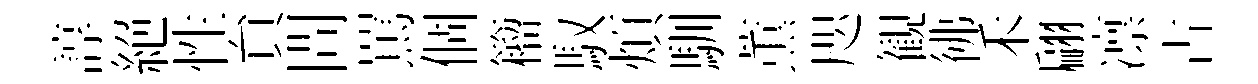
諄絕性貟問罵個籕馭煩馴薫咫観彿禾翩凛古